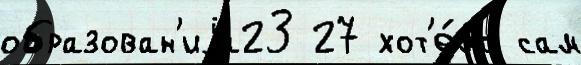
образован'иjа23 27 хот'е́ло сам